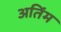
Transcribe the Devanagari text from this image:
अतिंम